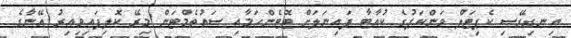
އިނގިރޭސި ކެޕިޓަލް ވަންކަޕުގެ ކުއާޓާ ފައިނަލަށް ޓޮޓެންހަމާއި ސައުތެމްޓަން މިރޭ ކޮލިފައިވިއިރު އޭނާގެ